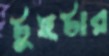
টুইটার